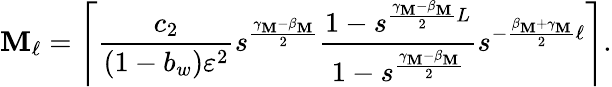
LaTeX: \mathbf{M}_{\ell}=\Bigg\lceil\frac{{c_{2}}}{{(1-b_{w})\varepsilon^{2}}}s^{\frac{{\gamma_{\mathbf{M}}-\beta_{\mathbf{M}}}}{{2}}}\frac{{1-s^{\frac{{\gamma_{\mathbf{M}}-\beta_{\mathbf{M}}}}{{2}}L}}}{{1-s^{\frac{{\gamma_{\mathbf{M}}-\beta_{\mathbf{M}}}}{{2}}}}}s^{-\frac{{\beta_{\mathbf{M}}+\gamma_{\mathbf{M}}}}{{2}}\ell}\Bigg\rceil.